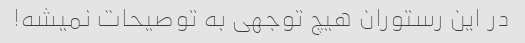
در این رستوران هیچ توجهی به توصیحات نمیشه!